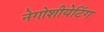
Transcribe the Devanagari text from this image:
नेगोशीयेटिंग